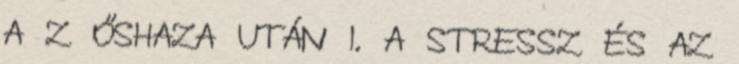
A Z ŐSHAZA UTÁN I. A STRESSZ ÉS AZ